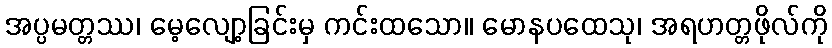
အပ္ပမတ္တဿ၊ မေ့လျော့ခြင်းမှ ကင်းထသော။ မောနပထေသု၊ အရဟတ္တဖိုလ်ကို